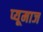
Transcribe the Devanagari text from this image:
प्यूमाज